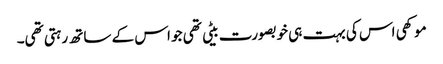
موکھی اس کی بہت ہی خوبصورت بیٹی تھی جو اس کے ساتھ رہتی تھی۔